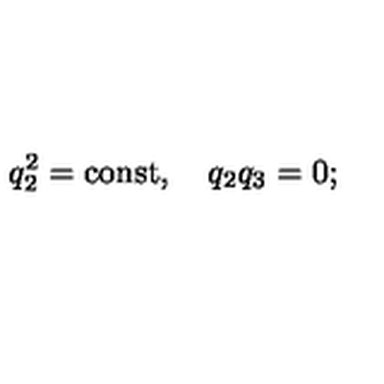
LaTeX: q _ { 2 } ^ { 2 } = \mathrm { c o n s t } , \quad q _ { 2 } q _ { 3 } = 0 { ; }